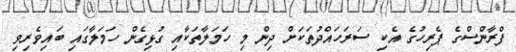
ފްރާންސްގެ ޕެރިހުގެ އެކި ސަރަހައްދުތަކަށް ދިން މި ހަމަލާތަކާއި ގުޅިގެން ހަމަލާގައި ބައިވެރިވި